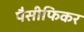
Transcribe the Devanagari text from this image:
पैसीफिकर